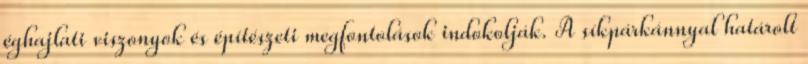
éghajlati viszonyok és építészeti megfontolások indokolják. A síkpárkánnyal határolt